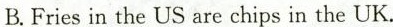
B.Fries in the US are chips in the UK.